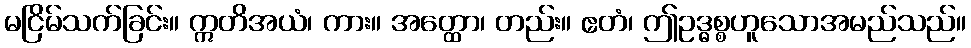
မငြိမ်သက်ခြင်း။ ဣတိအယံ၊ ကား။ အတ္ထော၊ တည်း။ ဧတံ၊ ဤဥဒ္ဓစ္စဟူသောအမည်သည်။